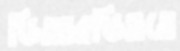
ডিআরডিওতে